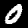
Digit: 0